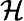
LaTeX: {\cal H}